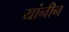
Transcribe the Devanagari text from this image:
यांनीन